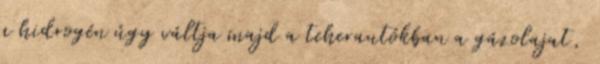
a hidrogén úgy váltja majd a teherautókban a gázolajat,